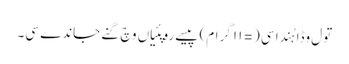
تول وڈا ہُندا سی (= ١١ گرام) پیسے روپئیاں وچ گِنے جاندے سی۔